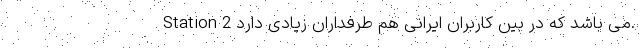
Station 2 می باشد که در بین کاربران ایرانی هم طرفداران زیادی دارد.